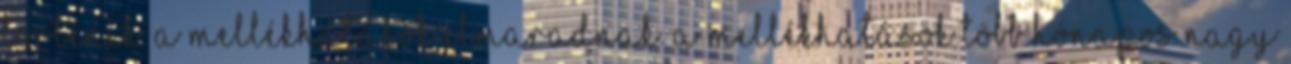
történik. A mellékhatások elmaradnak. A mellékhatások több hónapos nagy